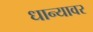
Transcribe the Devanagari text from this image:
धान्यावर